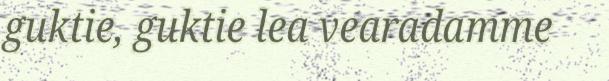
guktie, guktie lea vearadamme